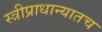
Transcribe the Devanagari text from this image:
स्त्रीप्राधान्यातच